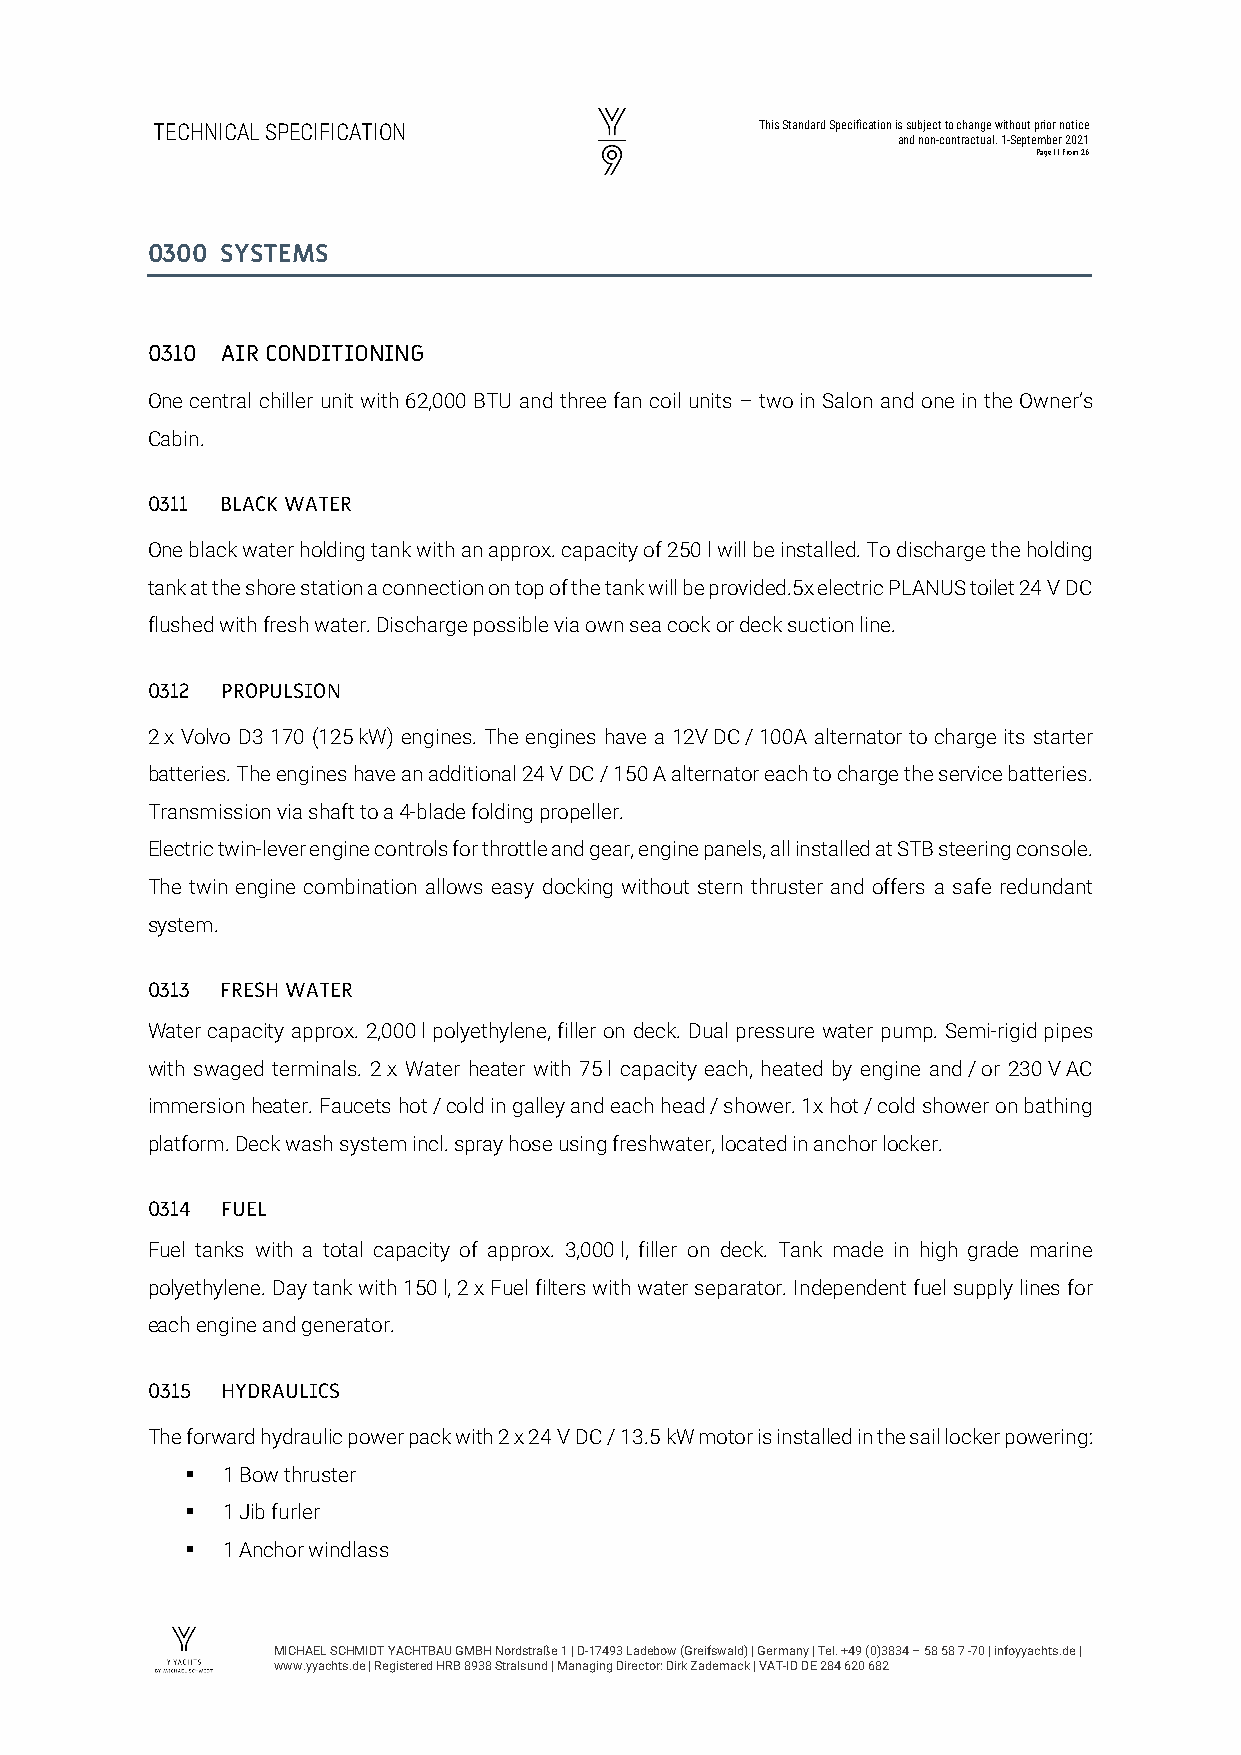
TECHNICAL SPECIFICATION                 This Standard Specification is subject to change without prior notice
 and non-contractual. 1-September 2021
 Page 11 from 26
 0300 SYSTEMS
 0310 AIR CONDITIONING
 One central chiller unit with 62,000 BTU and three fan coil units – two in Salon and one in the Owner’s
 Cabin.
 0311 BLACK WATER
 One black water holding tank with an approx. capacity of 250 l will be installed. To discharge the holding
 tank at the shore station a connection on top of the tank will be provided.5x electric PLANUS toilet 24 V DC
 flushed with fresh water. Discharge possible via own sea cock or deck suction line.
 0312 PROPULSION
 2 x Volvo D3 170 (125 kW) engines. The engines have a 12V DC / 100A alternator to charge its starter
 batteries. The engines have an additional 24 V DC / 150 A alternator each to charge the service batteries.
 Transmission via shaft to a 4-blade folding propeller.
 Electric twin-lever engine controls for throttle and gear, engine panels, all installed at STB steering console.
 The twin engine combination allows easy docking without stern thruster and offers a safe redundant
 system.
 0313 FRESH WATER
 Water capacity approx. 2,000 l polyethylene, filler on deck. Dual pressure water pump. Semi-rigid pipes
 with swaged terminals. 2 x Water heater with 75 l capacity each, heated by engine and / or 230 V AC
 immersion heater. Faucets hot / cold in galley and each head / shower. 1x hot / cold shower on bathing
 platform. Deck wash system incl. spray hose using freshwater, located in anchor locker.
 0314 FUEL
 Fuel tanks with a total capacity of approx. 3,000 l, filler on deck. Tank made in high grade marine
 polyethylene. Day tank with 150 l, 2 x Fuel filters with water separator. Independent fuel supply lines for
 each engine and generator.
 0315 HYDRAULICS
 The forward hydraulic power pack with 2 x 24 V DC / 13.5 kW motor is installed in the sail locker powering:
   1 Bow thruster
   1 Jib furler
   1 Anchor windlass
 MICHAEL SCHMIDT YACHTBAU GMBH Nordstraße 1 | D-17493 Ladebow (Greifswald) | Germany | Tel. +49 (0)3834 – 58 58 7 -70 | infoyyachts.de |
 www.yyachts.de | Registered HRB 8938 Stralsund | Managing Director: Dirk Zademack | VAT-ID DE 284 620 682